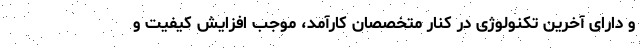
و دارای آخرین تکنولوژی در کنار متخصصان کارآمد، موجب افزایش کیفیت و